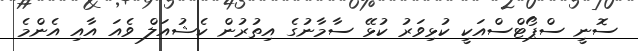
ސޮނީ ސްޕޯޓްސްއަކީ ކުޅިވަރު ކުޅޭ ސާމާނުގެ އިތުރުން ކެޝުއަލް ވެއަ އާއި އެންމެ